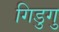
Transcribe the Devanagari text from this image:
गिडुगु